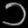
Digit: ၁